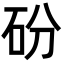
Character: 砏